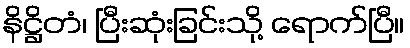
နိဋ္ဌိတံ၊ ပြီးဆုံးခြင်းသို့ ရောက်ပြီ။